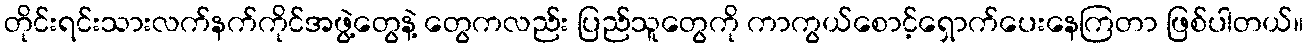
တိုင်းရင်းသားလက်နက်ကိုင်အဖွဲ့တွေနဲ့ တွေကလည်း ပြည်သူတွေကို ကာကွယ်စောင့်ရှောက်ပေးနေကြတာ ဖြစ်ပါတယ်။